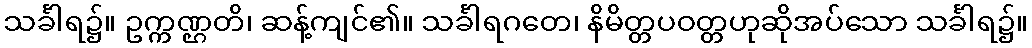
သင်္ခါရ၌။ ဥက္ကဏ္ဌတိ၊ ဆန့်ကျင်၏။ သင်္ခါရဂတေ၊ နိမိတ္တပဝတ္တဟုဆိုအပ်သော သင်္ခါရ၌။